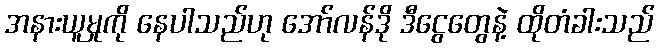
အနားယူမှုကို နေပါသည်ဟု အော်လန်ဒို ဒီငွေတွေနဲ့ ထိုတံခါးသည်